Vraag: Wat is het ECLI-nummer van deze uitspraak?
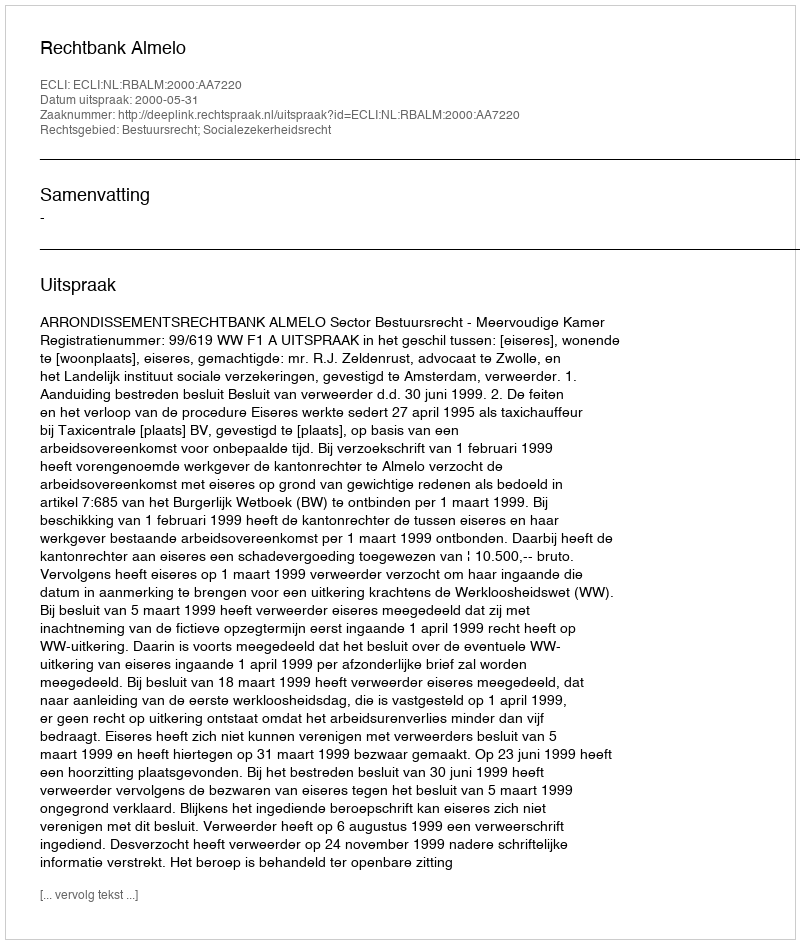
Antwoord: ECLI:NL:RBALM:2000:AA7220